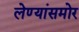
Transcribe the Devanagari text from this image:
लेण्यांसमोर